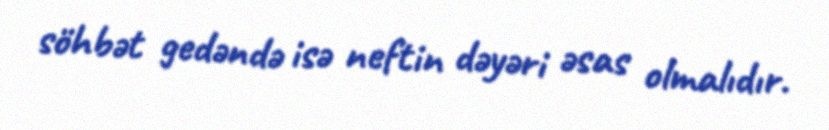
söhbət gedəndə isə neftin dəyəri əsas olmalıdır.